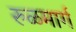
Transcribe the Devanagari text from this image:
रुळमार्ग